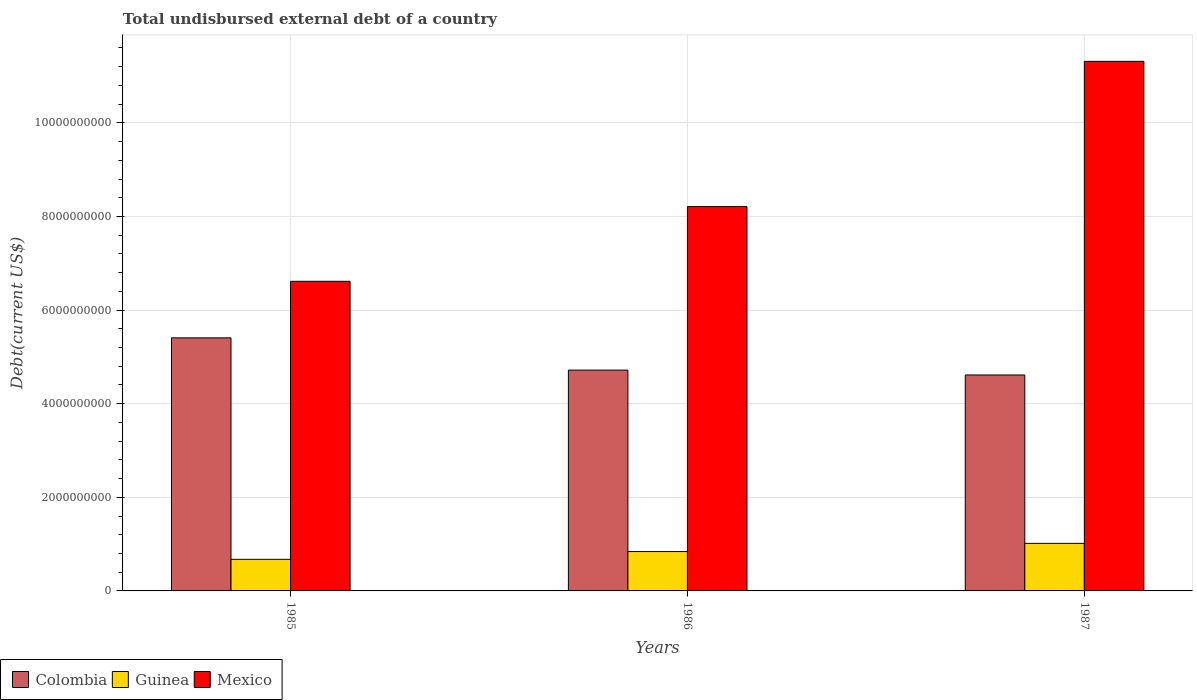
| Years | Colombia | Guinea | Mexico |
 | --- | --- | --- | --- |
 | 1985 | 5.41e+09 | 6.75e+08 | 6.62e+09 |
 | 1986 | 4.72e+09 | 8.41e+08 | 8.21e+09 |
 | 1987 | 4.61e+09 | 1.02e+09 | 1.13e+10 |